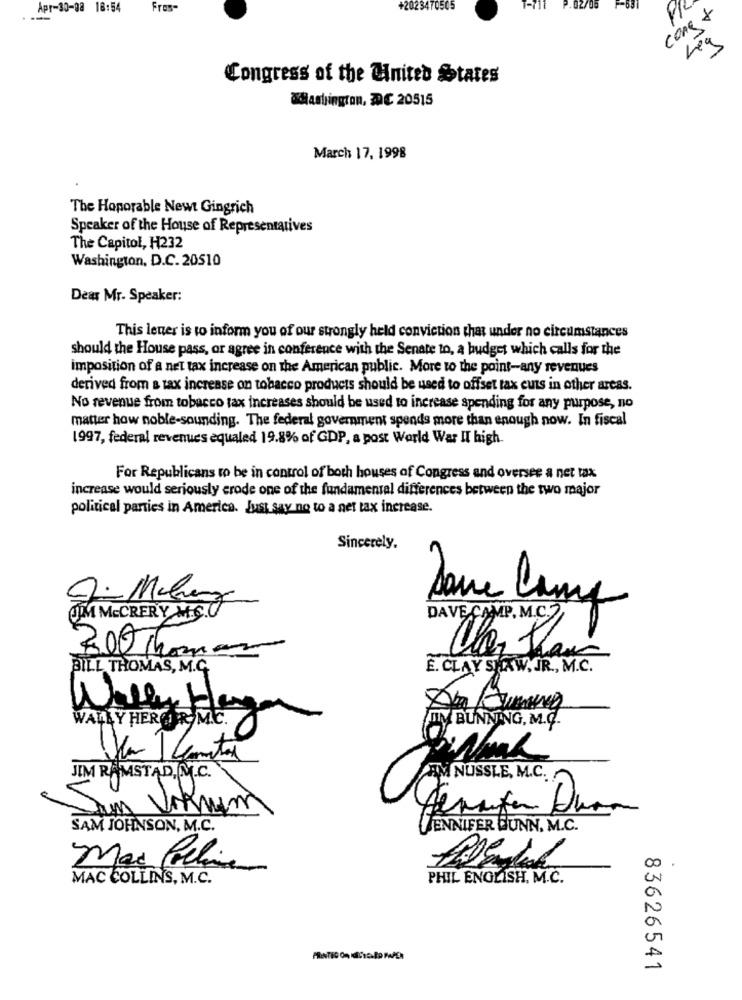
Apr-30-08 16:54
Fros-
+2023470505
T-711
P.02/06
F-631
cone +
Lea
Congress of the United States
smashingron, DC 20515
March 17, 1998
The Hoporable Newt Gingrich
Speaker of the House of Representatives
The Capitol, H232
Washington, D.C. 20510
Dear Mr. Speaker:
This lener is to inform you of our strongly held conviction that under no circumstances
should the House pass, or agree in conference with the Senate to, a budget which calls for the
imposition of a net tax increase on the American public. More to the point-any revenues
derived from a tax increase on tobacco products should be used to offset tax cuts in other areas.
No revenue from tobacco tax increases should be used to increase spending for any purpose, no
matter how noble-sounding. The federal government spends more than enough now. In fiscal
1997, federal revenues equaled 19.8% of GDP, a post World War II high.
For Republicans to be in control of both houses of Congress and oversee a net tax
increase would seriously erode one of the fundamental differences between the two major
political parties in America. Just say no to a net tax increase.
Sincerely,
UM McCRERY M.S.
DAVE CAMP. M.C.2
300 Thomas
BILL THOMAS, M.C.
È. CLAY SHAW, JR ., M.C.
WALLY HERGIR ME.
Willy Hagen
DM BUNNING, M.C.
JIM RAMSTAD, M.C.
AM NUSSLE, M.C.
Abrufen Duan
SAM JOHNSON, M.C.
JENNIFER GUNN, M.C.
Mar Polline
MAC COLLINS, M.C.
PHIL ENGLISH. M.C.
83626541